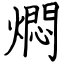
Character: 燜